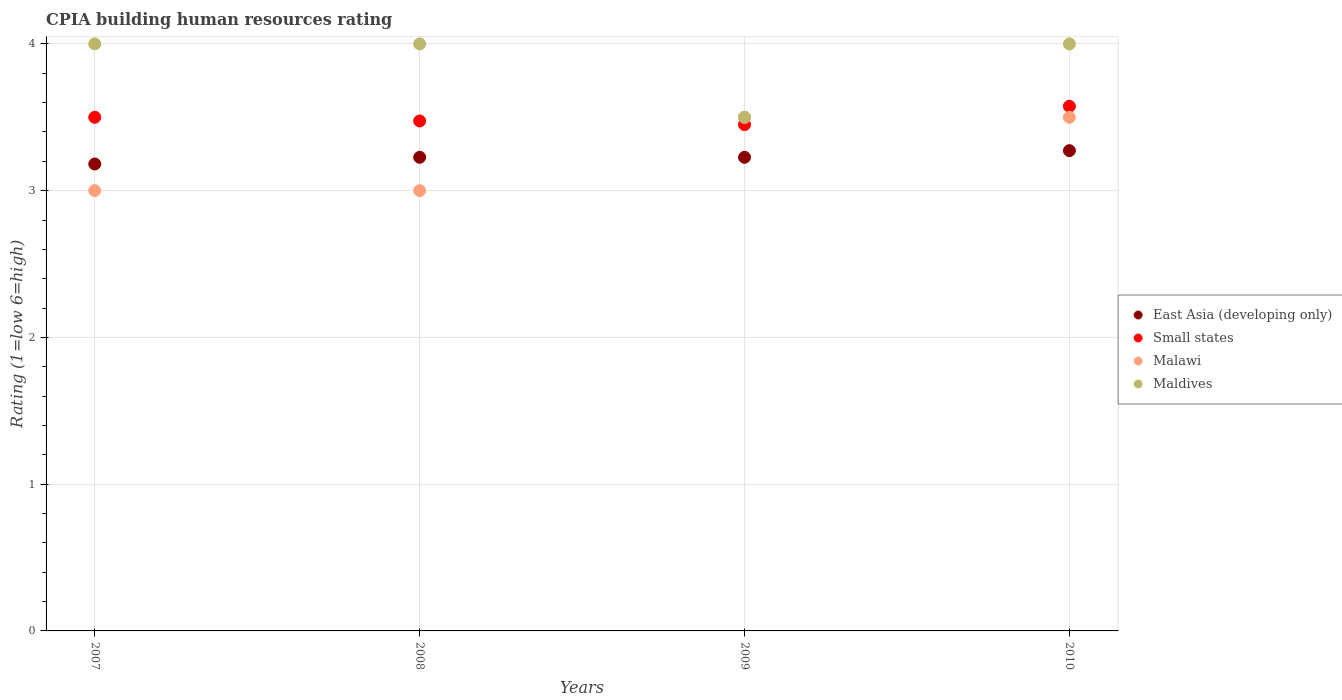
| Years | East Asia (developing only) | Small states | Malawi | Maldives |
 | --- | --- | --- | --- | --- |
 | 2007 | 3.18 | 3.5 | 3 | 4 |
 | 2008 | 3.23 | 3.48 | 3 | 4 |
 | 2009 | 3.23 | 3.45 | 3.5 | 3.5 |
 | 2010 | 3.27 | 3.58 | 3.5 | 4 |